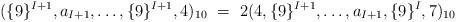
LaTeX: \begin{align*} (\{9\}^{I+1},a_{I+1},\ldots,\{9\}^{I+1},4)_{10} \ =\ 2(4,\{9\}^{I+1},\ldots,a_{I+1},\{9\}^{I},7)_{10}\end{align*}